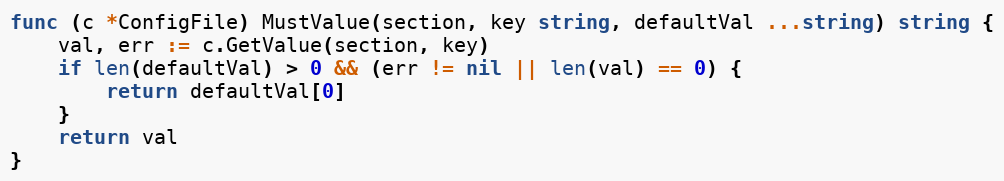
Language: Go
func (c *ConfigFile) MustValue(section, key string, defaultVal ...string) string {
	val, err := c.GetValue(section, key)
	if len(defaultVal) > 0 && (err != nil || len(val) == 0) {
		return defaultVal[0]
	}
	return val
}